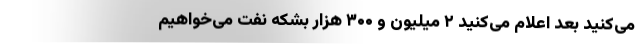
می‌کنید ‌بعد اعلام می‌کنید ۲ میلیون و ۳۰۰ هزار بشکه نفت می‌خواهیم